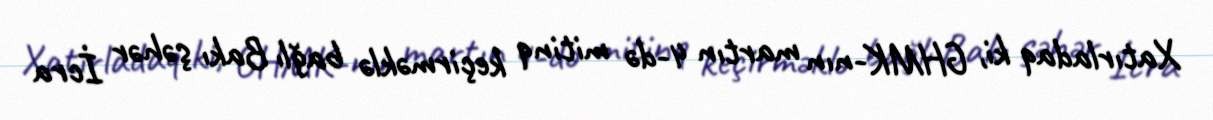
Xatırladaq ki, GHMK-nın martın 4-də mitinq keçirməklə bağlı Bakı şəhər İcra